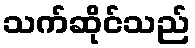
သက်ဆိုင်သည်